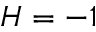
H = - 1